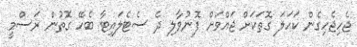
ޖެހިޖެހިގެން ކަހަލަ ގޮތަކަށް ޖައްވަށް ފޮނުވާލި ދެ ސެޓެލައިޓާ ބެހޭ ގޮތުން ރަސްމީ